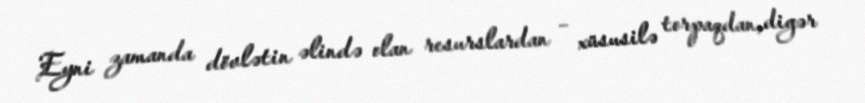
Eyni zamanda dövlətin əlində olan resurslardan – xüsusilə torpaqdan, digər